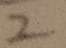
2